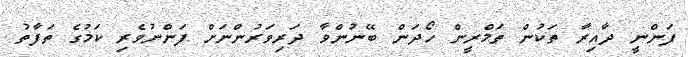
ފަންނީ ދާއިރާ ތަކުން ތަމްރީން ހޯދަން ބޭނުންވާ ދަރިވަރުންނަށް ފަންނުވެރި ކަމުގެ ތަފާތު